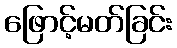
ဖြောင့်မတ်ခြင်း